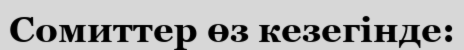
Сомиттер өз кезегінде: